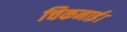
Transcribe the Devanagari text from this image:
चिकनाई।